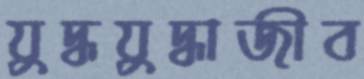
যুদ্ধযুদ্ধাজীব